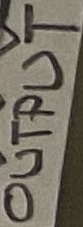
Text: OUTPUT